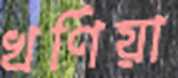
খর্ণিয়া